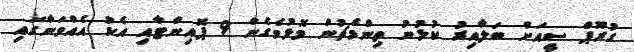
ގުރޫޕް ސީއަށް ބަލާއިރު ކުޅުނު ތިންމެޗުން މޮޅުވެގެން 9 ޕޮއިންޓާއި އެކު އެއްވަނާގައި